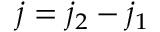
j = j _ { 2 } - j _ { 1 }